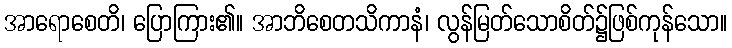
အာရောစေတိ၊ ပြောကြား၏။ အာဘိစေတသိကာနံ၊ လွန်မြတ်သောစိတ်၌ဖြစ်ကုန်သော။